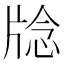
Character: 𪺥